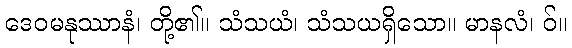
ဒေဝမနုဿာနံ၊ တို့၏။ သံသယံ၊ သံသယရှိသော။ မာနလံ၊ ဝ်။